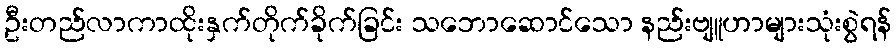
ဦးတည်လာကာထိုးနှက်တိုက်ခိုက်ခြင်း သဘောဆောင်သော နည်းဗျူဟာများသုံးစွဲရန်